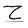
Character: Z